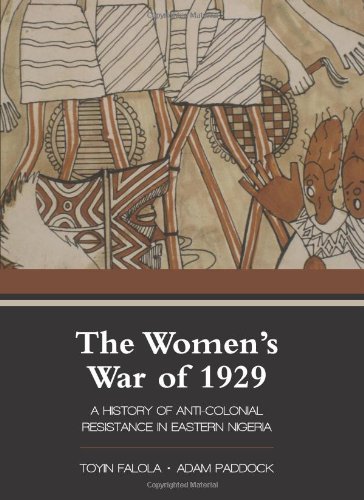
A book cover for The Women's War of 1929: A History of Anti-Colonial Resistance in Eastern Nigeria (African World Series); Toyin Falola; History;